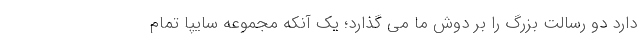
دارد دو رسالت بزرگ را بر دوش ما می گذارد؛ یک آنکه مجموعه سایپا تمام